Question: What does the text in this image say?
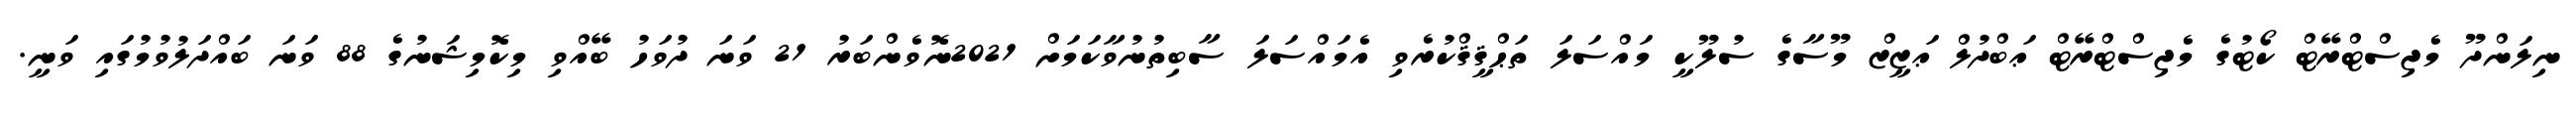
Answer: ނިލަންދޫ މެޖިސްޓްރޭޓް ކޯޓުގެ މެޖިސްޓްރޭޓް ޢަބްދުލް ޢަޒީޒް މޫސާގެ ސުލޫކީ މައްސަލަ ތަޙްޤީޤްކުރެވި އެމައްސަލަ ސާބިތުނުވާކަމަށް 2021ނޮވެންބަރު 21 ވަނަ ދުވަހު ބޭއްވި މިކޮމިޝަނުގެ 88 ވަނަ ބައްދަލުވުމުގައި ވަނީ.